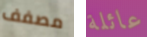
مصفف عائلة